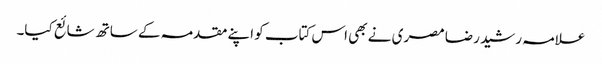
علامہ رشید رضا مصری نے بھی اس کتاب کو اپنے مقدمہ کے ساتھ شائع کیا۔